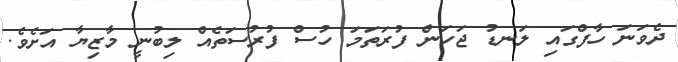
ދެވަނަ ހާފްގައި ލަނޑު ޖަހަން ފުރަތަމަ ހުސް ފުުރުސަތެއް ލިބުނީ މާޒިޔާ އަށެވެ.